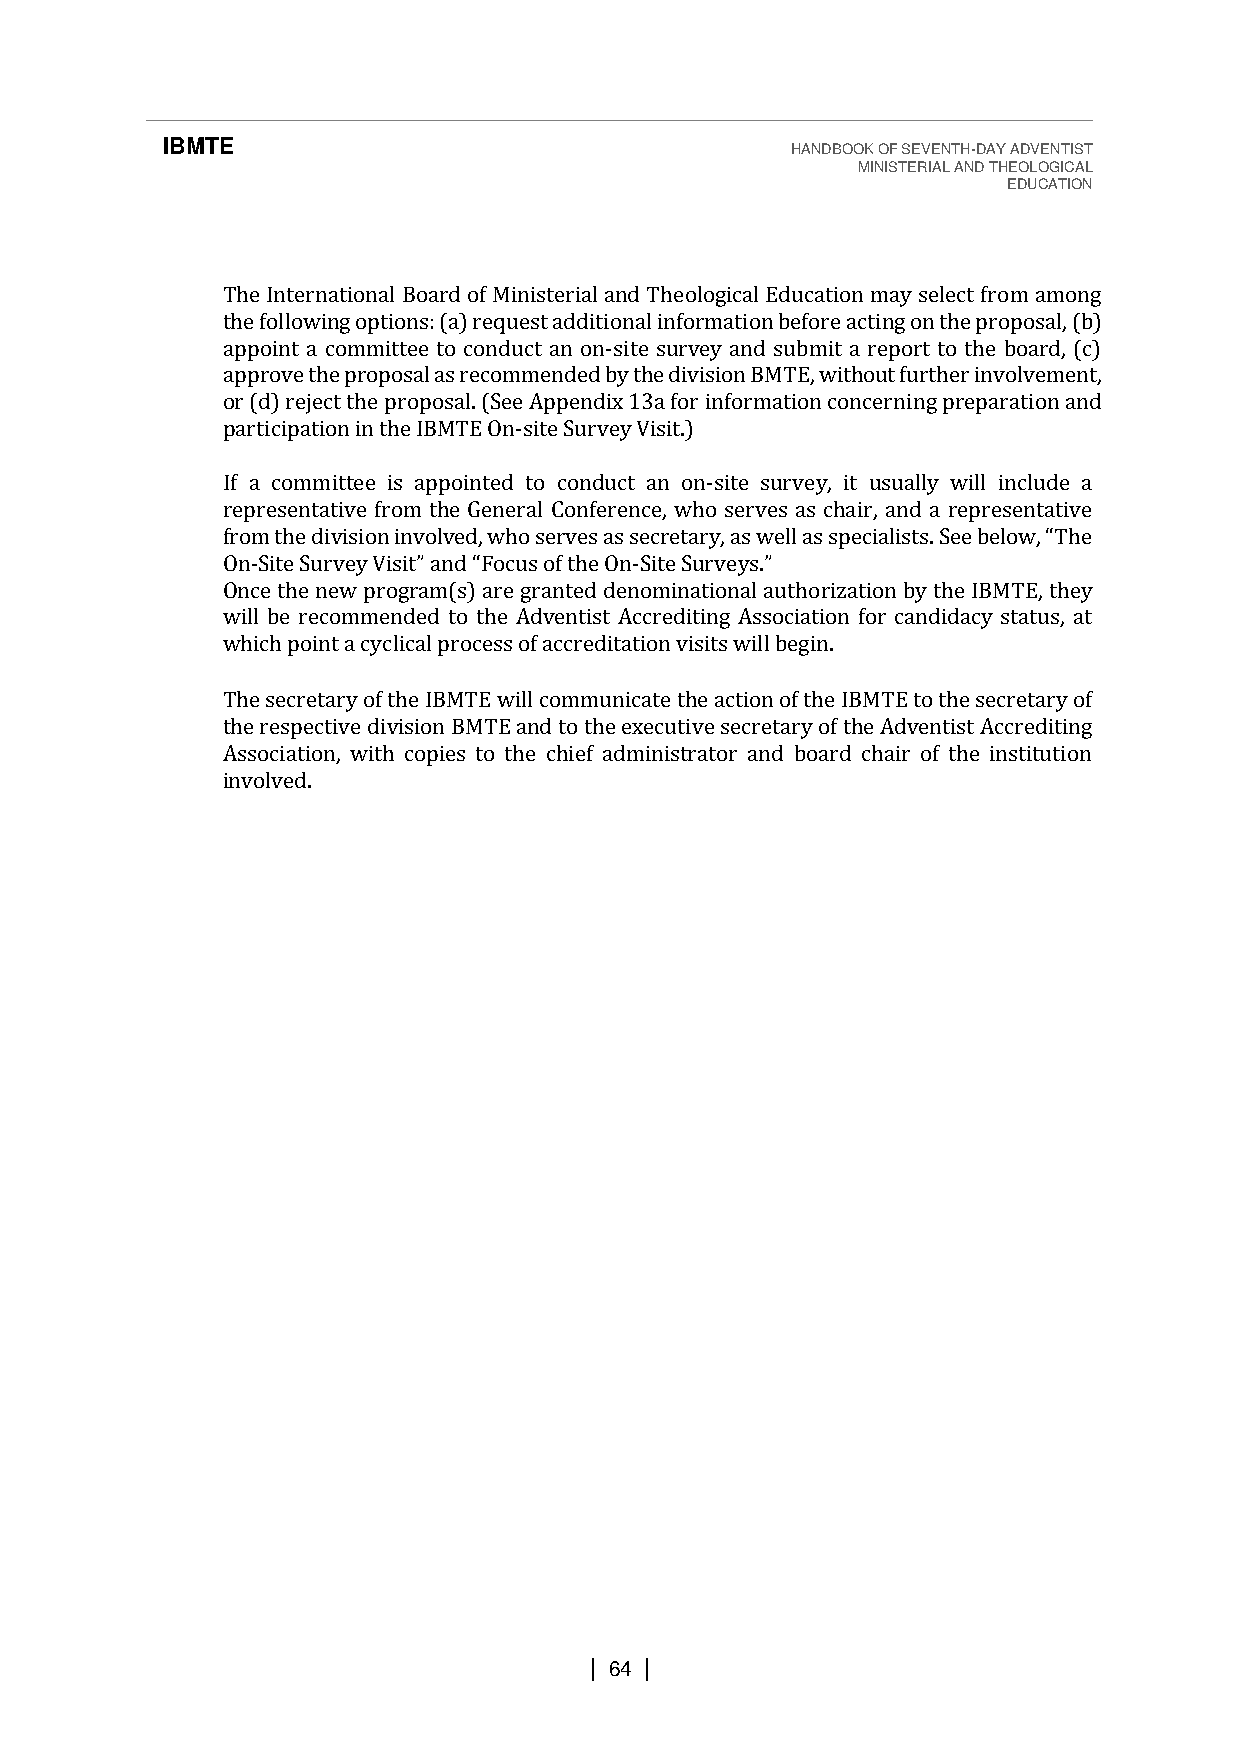
IBMTE                                    HANDBOOK OF SEVENTH-DAY ADVENTIST
 MINISTERIAL AND THEOLOGICAL
 EDUCATION
 The International Board of Ministerial and Theological Education may select from among
 the following options: (a) request additional information before acting on the proposal, (b)
 appoint a committee to conduct an on-site survey and submit a report to the board, (c)
 approve the proposal as recommended by the division BMTE, without further involvement,
 or (d) reject the proposal. (See Appendix 13a for information concerning preparation and
 participation in the IBMTE On-site Survey Visit.)
 If a committee is appointed to conduct an on-site survey, it usually will include a
 representative from the General Conference, who serves as chair, and a representative
 On-                        -
 fOrnocme tthhee dnievwis iporno ignrvaomlv(esd) ,a wreh og rsaenrtveeds dase nseocmreintaartiyo, naas lw aeultlh aosr sizpaetciioanli sbtys .t Sheee I bBeMloTwE,, “tThheye
 willS bitee rSeucrovmeym Veinsidte” da ntdo “tFhoec Ausd voef nthties tO AncScirteed Situirnvge yAss.s”ociation for candidacy status, at
 which point a cyclical process of accreditation visits will begin.
 The secretary of the IBMTE will communicate the action of the IBMTE to the secretary of
 the respective division BMTE and to the executive secretary of the Adventist Accrediting
 Association, with copies to the chief administrator and board chair of the institution
 involved.
 | 64 |